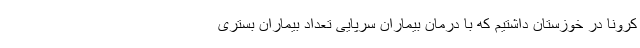
کرونا در خوزستان داشتیم که با درمان بیماران سرپایی تعداد بیماران بستری